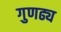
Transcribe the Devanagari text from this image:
गुणढ्य